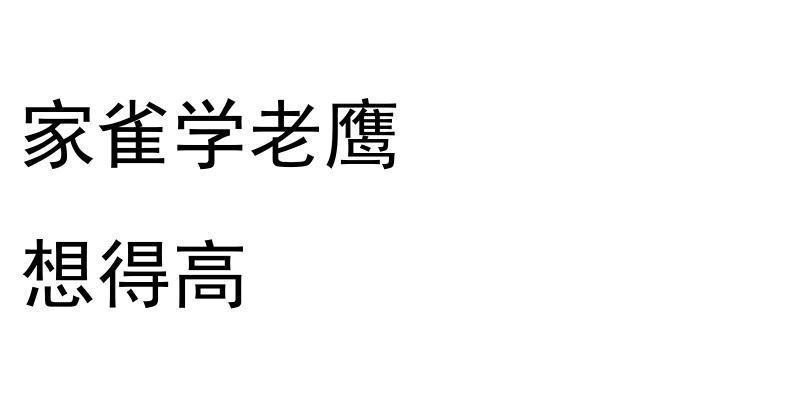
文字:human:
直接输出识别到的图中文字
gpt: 家雀学老鹰 想得高